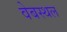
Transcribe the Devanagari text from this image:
वेबस्थल